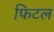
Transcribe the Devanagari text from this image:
फिटल